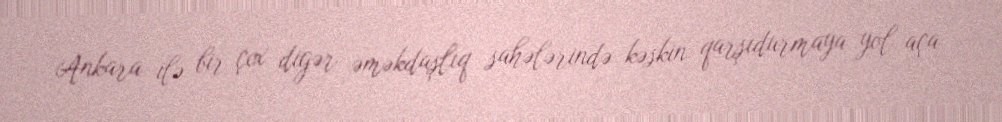
Ankara ilə bir çox digər əməkdaşlıq sahələrində kəskin qarşıdurmaya yol aça